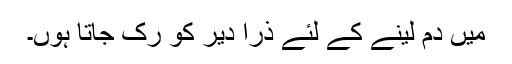
میں دم لینے کے لئے ذرا دیر کو رک جاتا ہوں۔